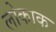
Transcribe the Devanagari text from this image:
लोकाक